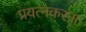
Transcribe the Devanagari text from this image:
प्रयत्नकरना